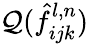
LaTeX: \mathcal{Q}(\hat{f}_{ijk}^{l,n})